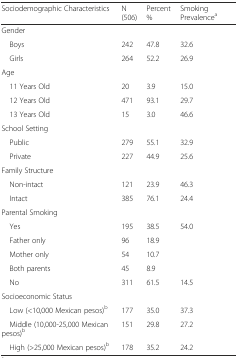
| Sociodemographic Characteristics | N (506) | Percent % | Smoking Prevalencea |
 | --- | --- | --- | --- |
 | Gender |  |  |  |
 | Boys | 242 | 47.8 | 32.6 |
 | Girls | 264 | 52.2 | 26.9 |
 | Age |  |  |  |
 | 11 Years Old | 20 | 3.9 | 15.0 |
 | 12 Years Old | 471 | 93.1 | 29.7 |
 | 13 Years Old | 15 | 3.0 | 46.6 |
 | School Setting |  |  |  |
 | Public | 279 | 55.1 | 32.9 |
 | Private | 227 | 44.9 | 25.6 |
 | Family Structure |  |  |  |
 | Non-intact | 121 | 23.9 | 46.3 |
 | Intact | 385 | 76.1 | 24.4 |
 | Parental Smoking |  |  |  |
 | Yes | 195 | 38.5 | 54.0 |
 | Father only | 96 | 18.9 |  |
 | Mother only | 54 | 10.7 |  |
 | Both parents | 45 | 8.9 |  |
 | No | 311 | 61.5 | 14.5 |
 | Socioeconomic Status |  |  |  |
 | Low (<10,000 Mexican pesos)b | 177 | 35.0 | 37.3 |
 | Middle (10,000-25,000 Mexican pesos)b | 151 | 29.8 | 27.2 |
 | High (>25,000 Mexican pesos)b | 178 | 35.2 | 24.2 |